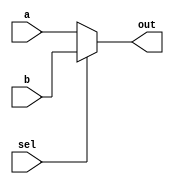
module top_module (
	input [99:0] a,
	input [99:0] b,
	input sel,
	output [99:0] out
 );

	assign out = sel ? b : a;
	// In this case, assign out = (sel & b) | (~sel & a); doesn't work.
	
endmodule